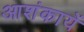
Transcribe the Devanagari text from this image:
आशंकायें